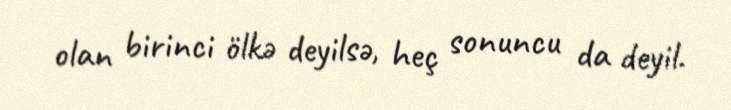
olan birinci ölkə deyilsə, heç sonuncu da deyil.